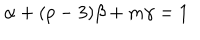
\alpha + ( p - 3 ) \beta + m \gamma = 1